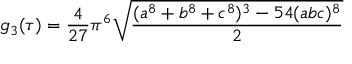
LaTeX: g _ { 3 } ( \tau ) = { \frac { 4 } { 2 7 } } \pi ^ { 6 } { \sqrt { \frac { ( a ^ { 8 } + b ^ { 8 } + c ^ { 8 } ) ^ { 3 } - 5 4 ( a b c ) ^ { 8 } } { 2 } } }